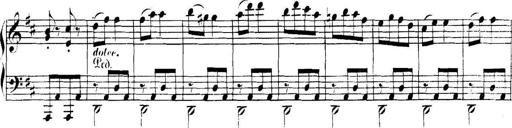
Title: Collected Piano Sonatas
Composer: Muzio Clementi